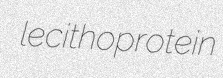
lecithoprotein